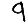
Digit: 9